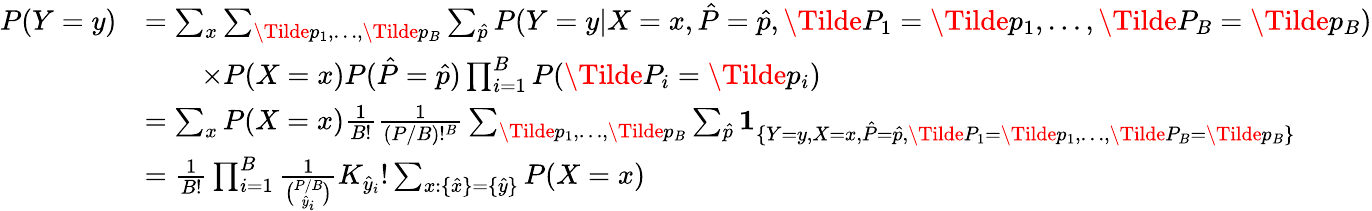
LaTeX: \begin{array}{rl}{P(Y=y)}&{=\sum_{x}\sum_{\Tilde{p}_{1},\dots,\Tilde{p}_{B}}\sum_{\hat{p}}P(Y=y|X=x,\hat{P}=\hat{p},\Tilde{P}_{1}=\Tilde{p}_{1},\dots,\Tilde{P}_{B}=\Tilde{p}_{B})}\\ &{\qquad\times P(X=x)P(\hat{P}=\hat{p})\prod_{i=1}^{B}P(\Tilde{P}_{i}=\Tilde{p}_{i})}\\ &{=\sum_{x}P(X=x)\frac{1}{B!}\frac{1}{(P/B)!^{B}}\sum_{\Tilde{p}_{1},\dots,\Tilde{p}_{B}}\sum_{\hat{p}}\mathbf{1}_{\{ Y=y,X=x,\hat{P}=\hat{p},\Tilde{P}_{1}=\Tilde{p}_{1},\dots,\Tilde{P}_{B}=\Tilde{p}_{B}\} }}\\ &{=\frac{1}{B!}\prod_{i=1}^{B}\frac{1}{\binom{P/B}{\hat{y}_{i}}}K_{\hat{y}_{i}}!\sum_{x:\{ \hat{x}\} =\{ \hat{y}\} }P(X=x)}\end{array}